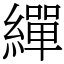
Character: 繟